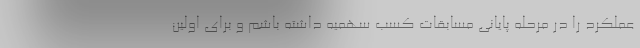
عملکرد را در مرحله پایانی مسابقات کسب سهمیه داشته باشم و برای اولین